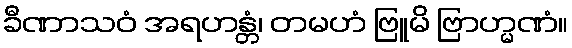
ခီဏာသဝံ အရဟန္တံ၊ တမဟံ ဗြူမိ ဗြာဟ္မဏံ။